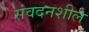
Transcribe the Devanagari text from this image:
संवदनशील